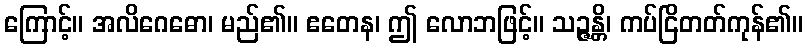
ကြောင့်။ အလိဂေဓော၊ မည်၏။ ဧတေန၊ ဤ လောဘဖြင့်။ သဉ္ဇန္တိ၊ ကပ်ငြိတတ်ကုန်၏။